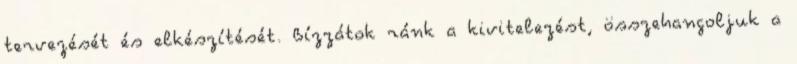
tervezését és elkészítését. Bízzátok ránk a kivitelezést, összehangoljuk a